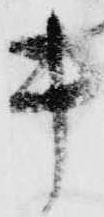
キ